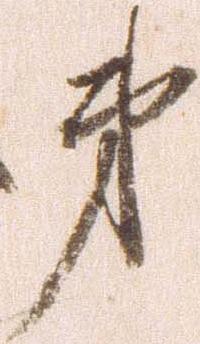
弟